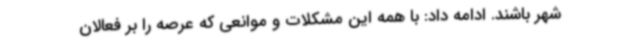
شهر باشند. ادامه داد: با همه این مشکلات و موانعی که عرصه را بر فعالان